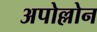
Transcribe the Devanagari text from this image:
अपोल्लोन